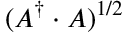
( A ^ { \dagger } \cdot A ) ^ { 1 / 2 }